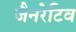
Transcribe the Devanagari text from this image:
जैनरेटिव